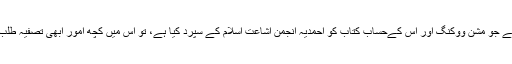
گذشتہ جولائی میں یہ اعلان کیا گیا تھاکہ جناب خواجہ کمال الدین صاحب نے جو مشن ووکنگ اور اس کےحساب کتاب کو احمدیہ انجمن اشاعت اسلام کے سپرد کیا ہے، تو اس میں کچھ امور ابھی تصفیہ طلب ہیں، جو خواجہ صاحب کی بیماری کی وجہ سے التوا میں پڑے ہوئے ہیں۔